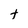
Character: t